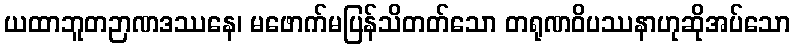
ယထာဘူတဉာဏဒဿနေ၊ မဖောက်မပြန်သိတတ်သော တရုဏဝိပဿနာဟုဆိုအပ်သော